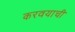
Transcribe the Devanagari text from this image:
करवयाची